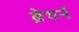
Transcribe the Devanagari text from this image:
ब्रेथर्न